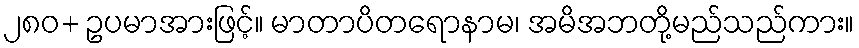
၂၈၀+ ဥပမာအားဖြင့်။ မာတာပိတရောနာမ၊ အမိအဘတို့မည်သည်ကား။